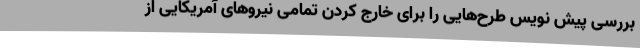
بررسی پیش نویس طرح‌هایی را برای خارج کردن تمامی نیروهای آمریکایی از